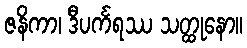
ဇနိကာ၊ ဒီပင်္ကရဿ သတ္ထုနော။